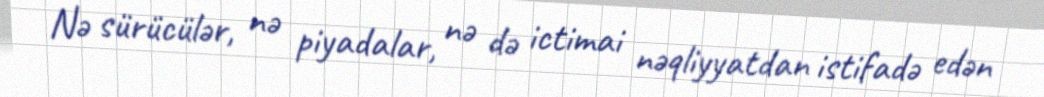
Nə sürücülər, nə piyadalar, nə də ictimai nəqliyyatdan istifadə edən